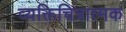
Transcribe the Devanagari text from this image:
व्यक्तिचित्रात्मक